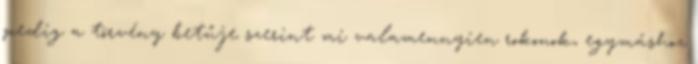
pedig a törvény betűje szerint mi valamennyien rokonok, egymáshoz